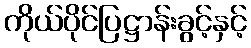
ကိုယ်ပိုင်ပြဋ္ဌာန်းခွင့်နှင့်